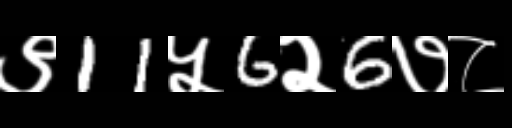
Text: ९11५6२6७८